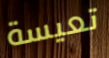
تعيسة